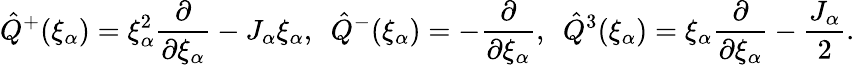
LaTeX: \hat{Q}^{+}(\xi_{\alpha})=\xi_{\alpha}^{2}\frac{\partial}{\partial\xi_{\alpha}}-J_{\alpha}\xi_{\alpha},\ \ \hat{Q}^{-}(\xi_{\alpha})=-\frac{\partial}{\partial\xi_{\alpha}},\ \ \hat{Q}^{3}(\xi_{\alpha})=\xi_{\alpha}\frac{\partial}{\partial\xi_{\alpha}}-\frac{J_{\alpha}}{2}.